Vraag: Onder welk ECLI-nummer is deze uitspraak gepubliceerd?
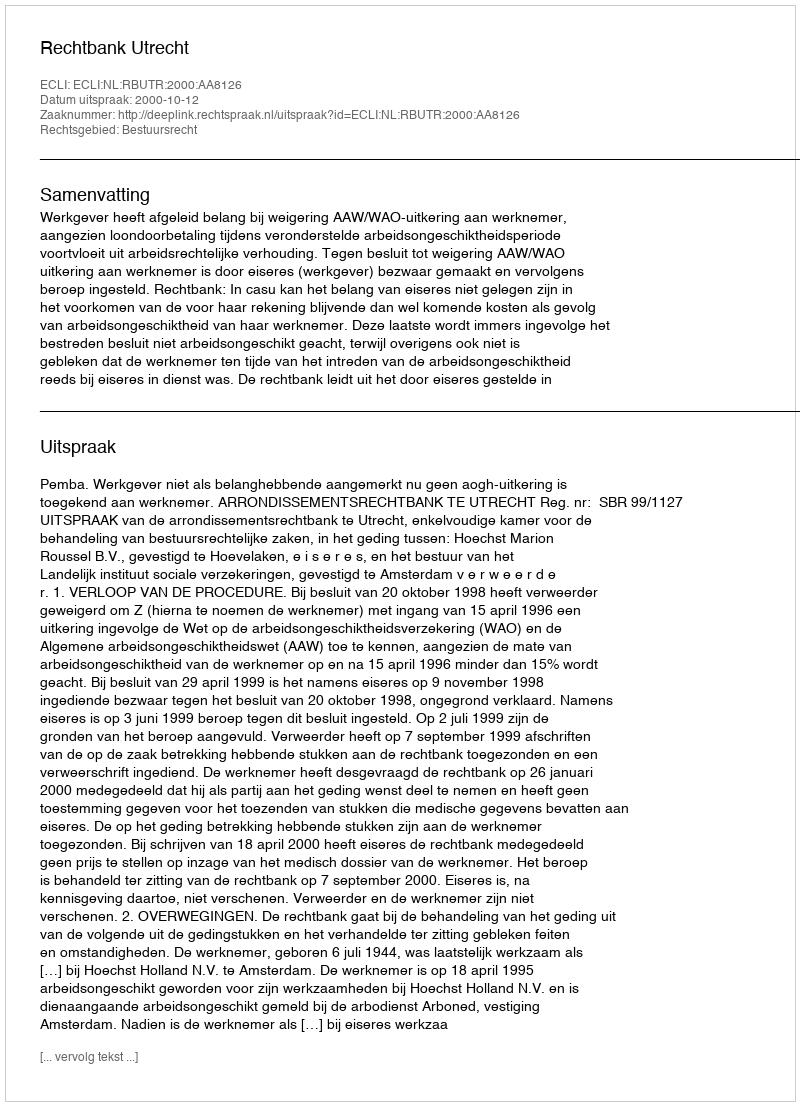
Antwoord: ECLI:NL:RBUTR:2000:AA8126